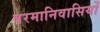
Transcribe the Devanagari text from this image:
बरमानिवासियों